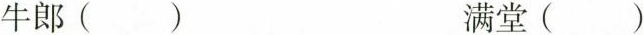
牛郎() 满堂()